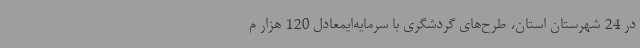
در 24 شهرستان استان، طرح‌های گردشگری با سرمایه‌ایمعادل 120 هزار م